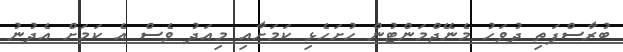
ބުރާސްފަތި ދުވަހު މެނޭޖްމަންޓުން ހުށަހެޅި ކަމަށާއި މިއަދު ވެސް އެ ކަމަށް އެދުނު